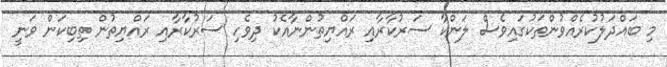
މި ބައްދަލުކުރެއްވުންތަކުގައިވެސް ލަންކާ ސަރުކާރާއި ރައްޔިތުންނާއެކު ދިވެހި ސަރުކާރާއި ރައްޔިތުން ތިބިކަން ވަނީ